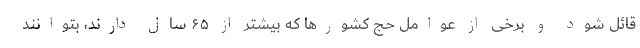
قائل شود و برخی از عوامل حج کشورها که بیشتر از ۶۵ سال دارند، بتوانند